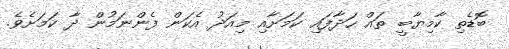
ބޮޑެތި ކާމިޔާބީ ތައް ހަދާފައި ކަމަށާއި މިއަދު އެކަން ފެންނަމުން ދާ ކަމަށެވެ.